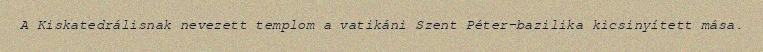
A Kiskatedrálisnak nevezett templom a vatikáni Szent Péter-bazilika kicsinyített mása.